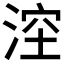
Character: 𣷆